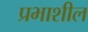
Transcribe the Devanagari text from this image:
प्रभाशील